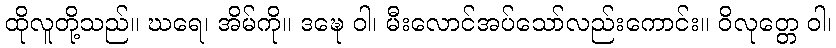
ထိုလူတို့သည်။ ဃရေ၊ အိမ်ကို။ ဒဍ္ဎေ ဝါ၊ မီးလောင်အပ်သော်လည်းကောင်း။ ဝိလုတ္တေ ဝါ၊